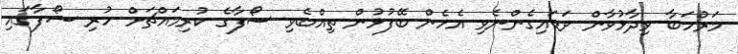
މަރުހަބާ ވިދާޅުވާން ވަޑައިގެންނެވި އެހެން ބޭފުޅުން ތިއްބެވި ސޯފާގެ ކުރިމައްޗަށް ހުރި ސޯފާގައި